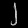
Digit: ၂